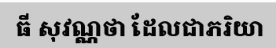
ធី សុវណ្ណថា ដែលជាភរិយា